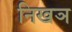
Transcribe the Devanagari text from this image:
निखञ